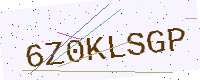
Text: 6Z0KLSGP